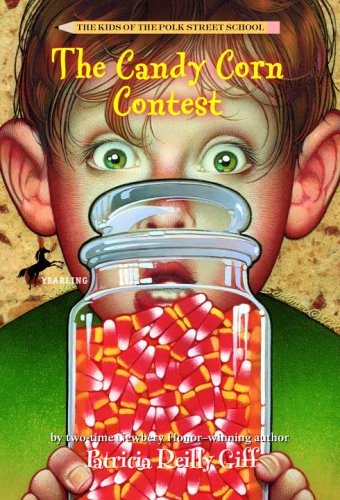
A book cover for The Candy Corn Contest (The Kids of the Polk Street School); Patricia Reilly Giff; Children's Books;